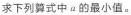
求下列算式中a的最小值。